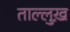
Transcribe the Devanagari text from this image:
ताल्लुख़